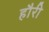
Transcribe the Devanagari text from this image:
हौरी